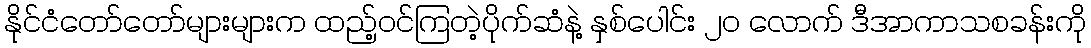
နိုင်ငံတော်တော်များများက ထည့်ဝင်ကြတဲ့ပိုက်ဆံနဲ့ နှစ်ပေါင်း ၂၀ လောက် ဒီအာကာသစခန်းကို